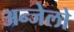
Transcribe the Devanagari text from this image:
अन्जेलो